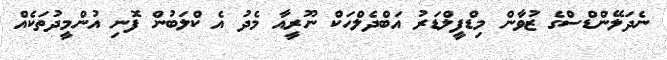
ނެދަލޭންޑްސްގެ ޒުވާން މިޑްފީލްޑަރު އަބްދެލްހަކް ނޫރީއާ މެދު އެ ކްލަބުން ފޮނި އުންމީދުތަކެއް